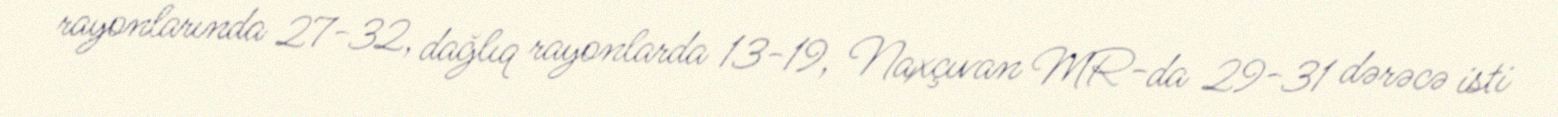
rayonlarında 27-32, dağlıq rayonlarda 13-19, Naxçıvan MR-da 29-31 dərəcə isti